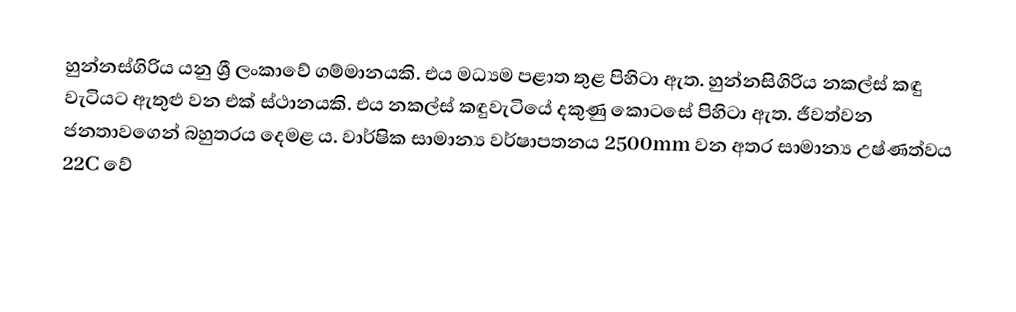
හුන්නස්ගිරිය යනු ශ්‍රී ලංකාවේ ගම්මානයකි. එය මධ්‍යම පළාත තුළ පිහිටා ඇත. හුන්නසිගිරිය නකල්ස් කඳු වැටියට ඇතුළු වන එක් ස්ථානයකි. එය නකල්ස් කඳුවැටියේ දකුණු කොටසේ පිහිටා ඇත. ජීවත්වන ජනතාවගෙන් බහුතරය දෙමළ ය. වාර්ෂික සාමාන්‍ය වර්ෂාපතනය 2500mm වන අතර සාමාන්‍ය උෂ්ණත්වය 22C වේ